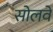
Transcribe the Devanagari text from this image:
सोलवे